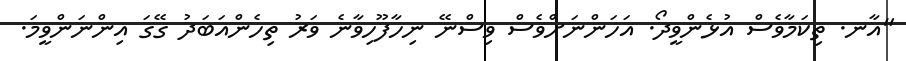
"އާނ. ތިކަމާވެސް އުޅެންވީދޯ. އަހަންނަށްވެސް ވިސްނޭ ނިހާފޫހިވާނެ ވަރު ތިހެންއަބަދު ގޭގަ އިންނަންވީމަ.